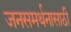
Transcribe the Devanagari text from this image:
जनसमर्थनासाठी